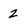
Character: 2